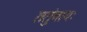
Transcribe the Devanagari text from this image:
ततुंवायः